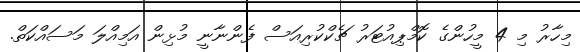
މިހާރު މި 4 މީހުންގެ ކޮމްޕިއުޓަރު ޗެކްކުރިއަސް ފެންނާނީ މުޅިން އަމިއްލަ މަސައްކަތް.